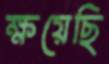
ক্ষয়েছি